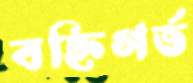
বহ্নিগর্ভ